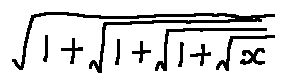
\sqrt { 1 + \sqrt { 1 + \sqrt { 1 + \sqrt { x } } } }